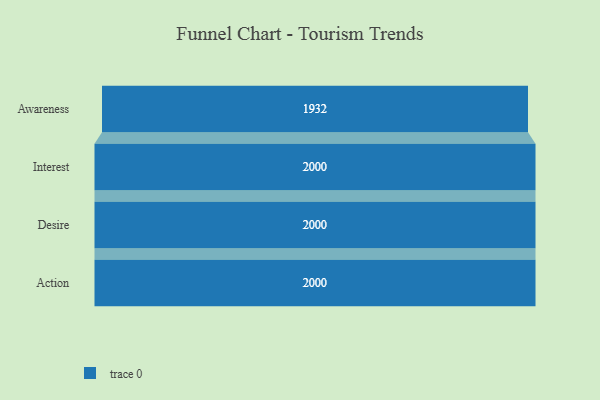
{"axis": {"x": "Stage", "y": "Value"}, "legend": [""], "data": [{"x": "Awareness", "y": 1932.0, "type": ""}, {"x": "Interest", "y": 2000, "type": ""}, {"x": "Desire", "y": 2000, "type": ""}, {"x": "Action", "y": 2000, "type": ""}]}